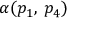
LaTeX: \alpha ( p _ { 1 } , \, p _ { 4 } )